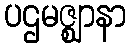
ပဌမဇ္ဈာနာ